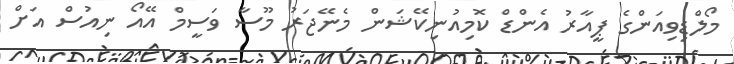
މޯލްޑިވިއަންގެ ޕީއާރު އެންޑް ކޮމިއުނިކޭޝަން މެނޭޖަރު މޫސާ ވަސީމް އޭއޯ ނިއުސް އަށް